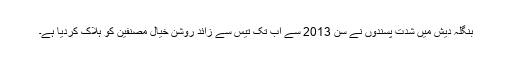
بنگلہ دیش میں شدت پسندوں نے سن 2013 سے اب تک تیس سے زائد روشن خیال مصنفین کو ہلاک کردیا ہے۔